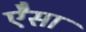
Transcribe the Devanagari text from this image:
ऐेसा